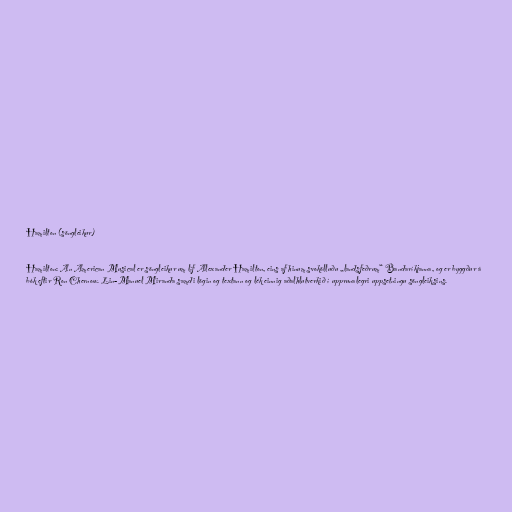
Hamilton (söngleikur)

Hamilton: An American Musical er söngleikur um líf Alexander Hamilton, eins af hinum svokölluðu „landsfeðrum“ Bandaríkjanna, og er byggður á
bók eftir Ron Chernow. Lin-Manuel Miranda samdi lögin og textann og lék einnig aðalhlutverkið í upprunalegri uppsetningu söngleiksins.